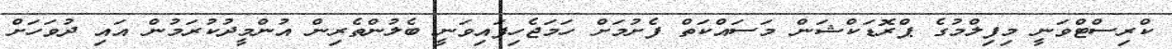
ކްރިސްޓްވަނީ މިފިލްމުގެ ޕްރޮޑަކްޝަން މަސައްކަތް ފެށުމަށް ހަމަޖެހިފައިވަނީ ބެލުންތެރިން އުންމީދުކުރަމުން އައި ދުވަހަށް